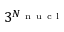
3 ^ { N _ { \mathrm { ~ n ~ u ~ c ~ l ~ } } }